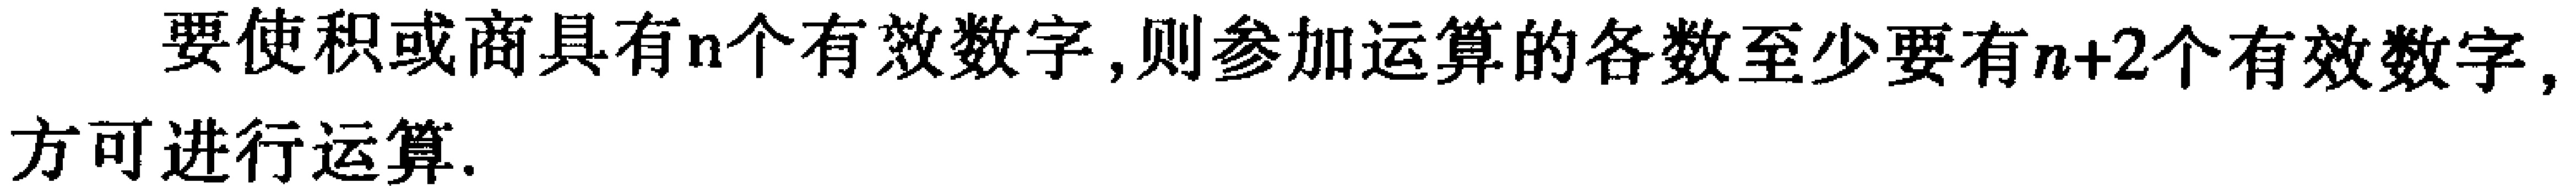
要使积或商具有\(n\)个有效数字,则参加运算的各数至少要有\(n + 2\)个有效数字,方可进行运算.